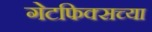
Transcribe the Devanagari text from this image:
गेटफिक्सच्या